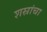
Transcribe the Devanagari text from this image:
शस्रांचा